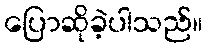
ပြောဆိုခဲ့ပါသည်။